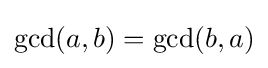
\gcd(a,b)=\gcd(b,a)